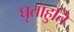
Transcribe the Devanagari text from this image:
घृताहुति